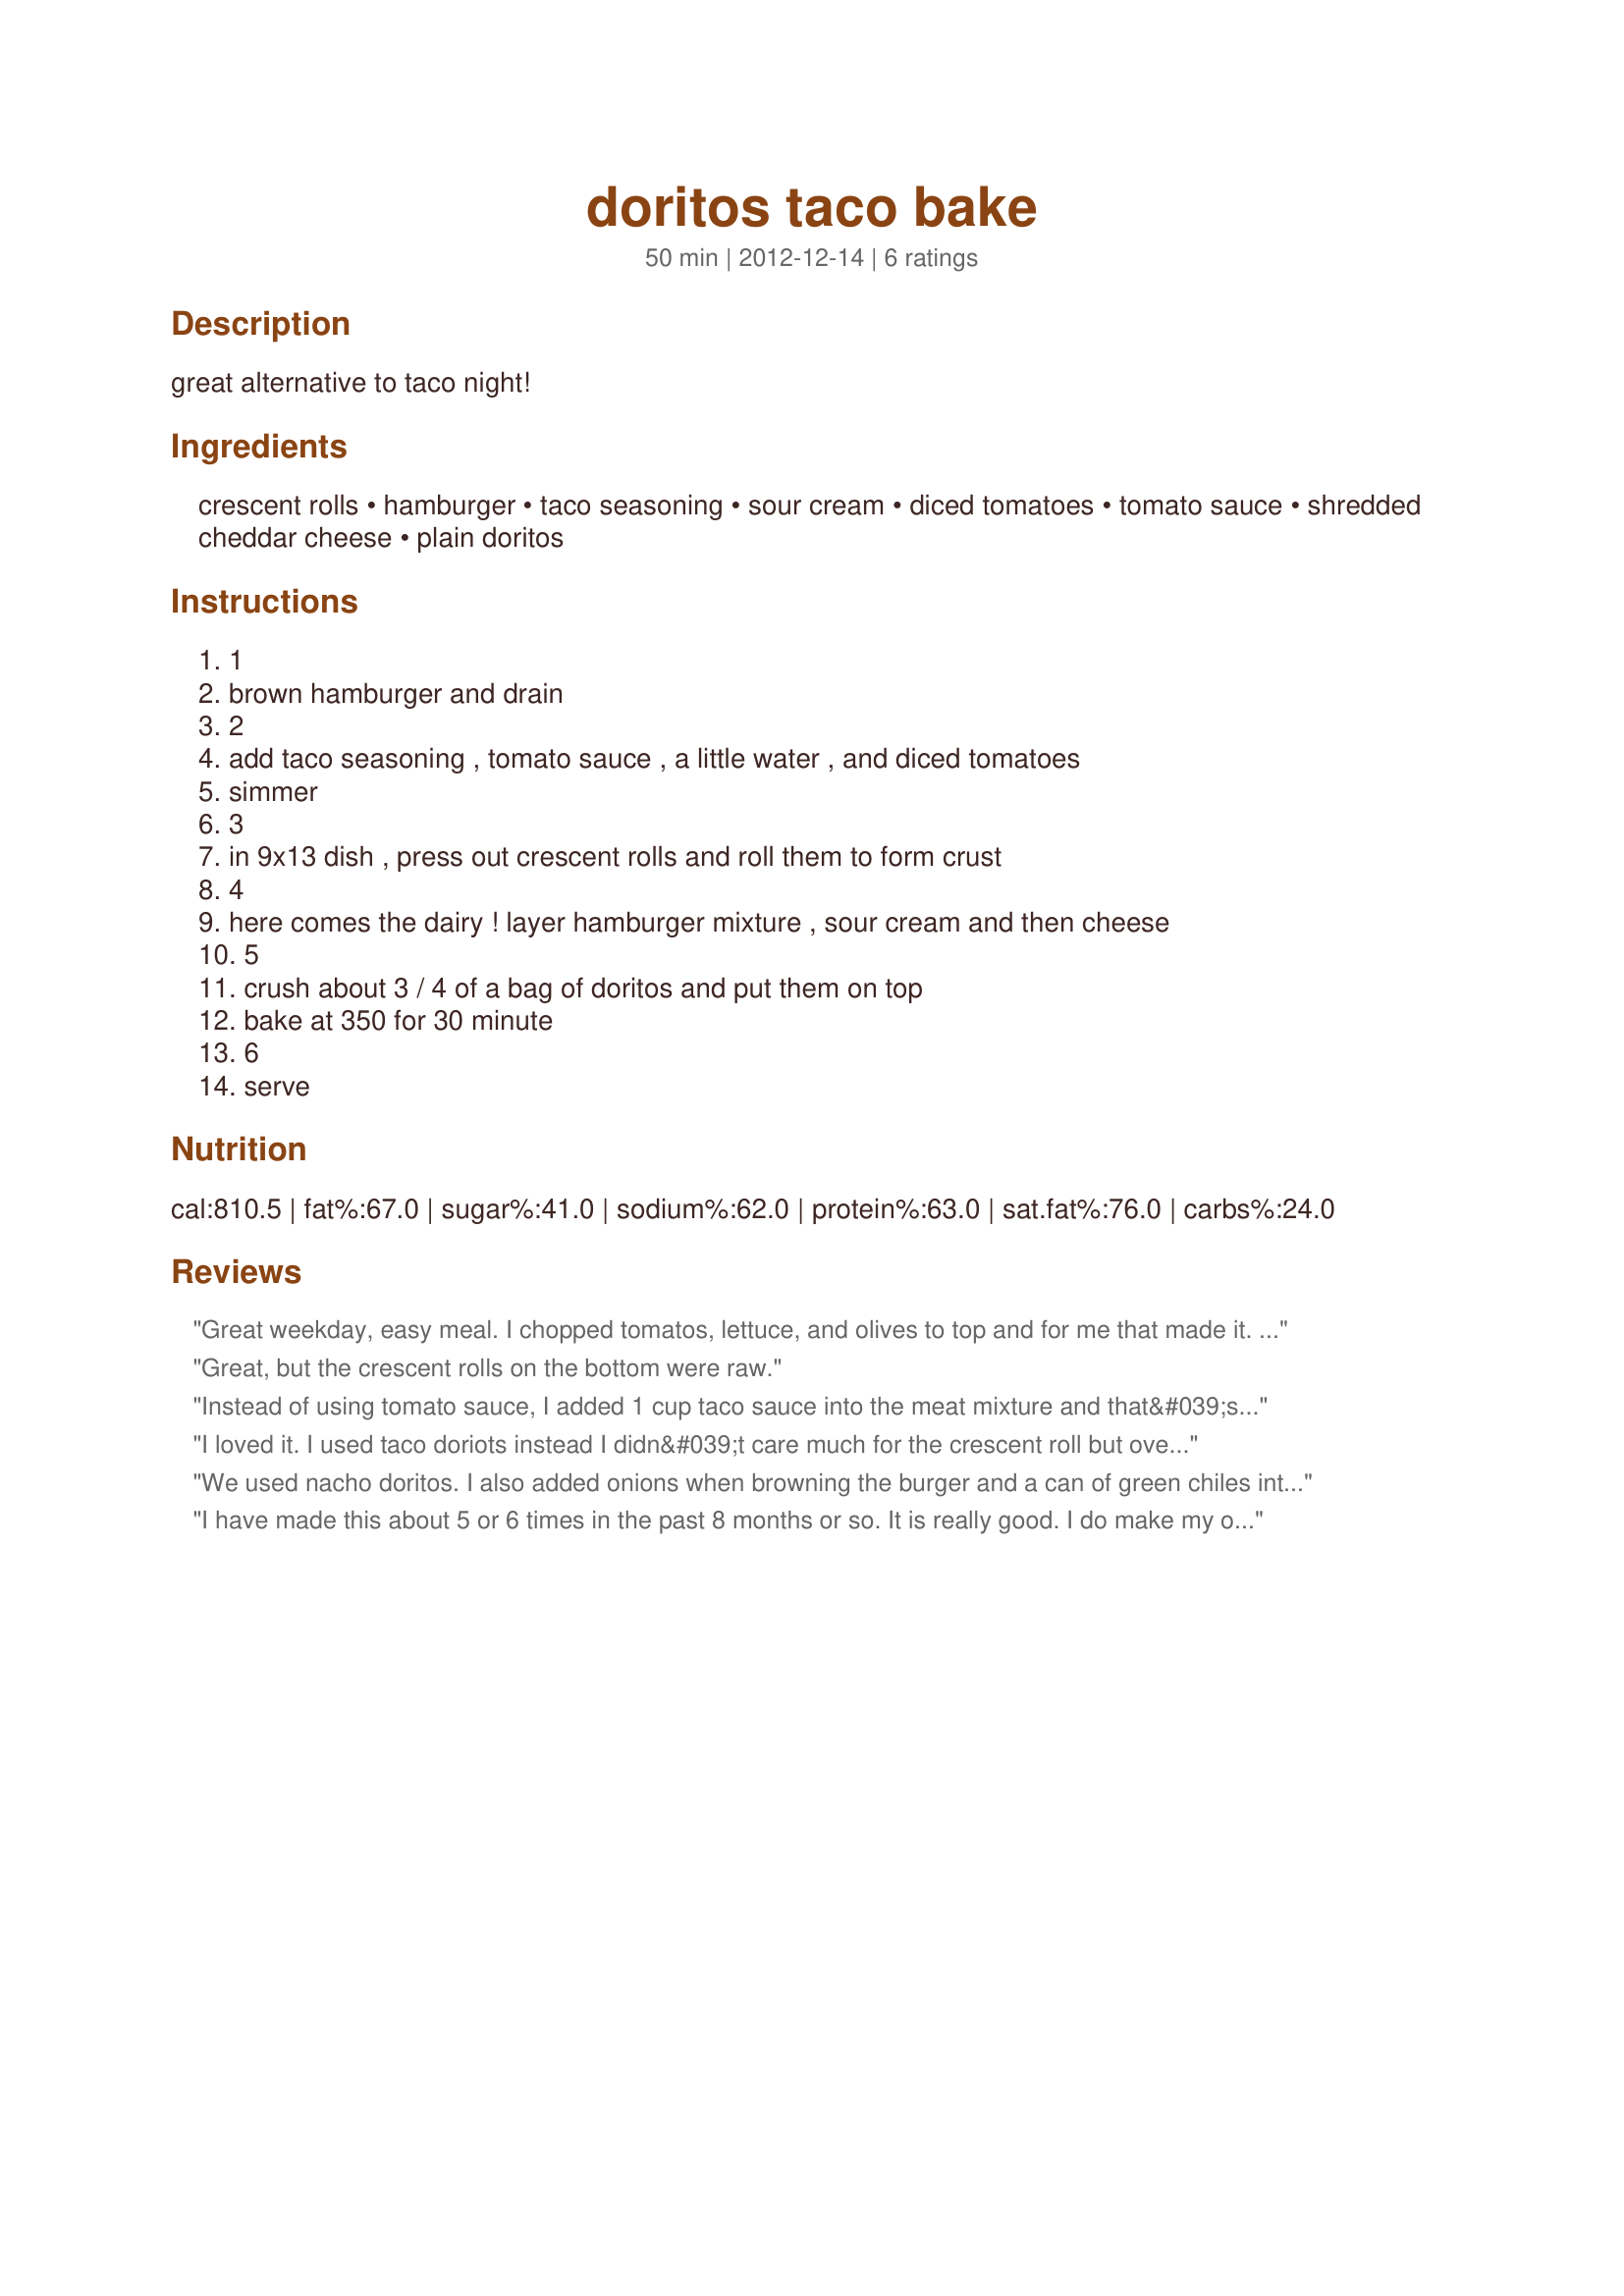
doritos taco bake
Preparation time: 50 minutes

great alternative to taco night!

Ingredients:
crescent rolls, hamburger, taco seasoning, sour cream, diced tomatoes, tomato sauce, shredded cheddar cheese, plain doritos

Steps:
1, brown hamburger and drain, 2, add taco seasoning , tomato sauce , a little water , and diced tomatoes, simmer, 3, in 9x13 dish , press out crescent rolls and roll them to form crust, 4, here comes the dairy ! layer hamburger mixture , sour cream and then cheese, 5, crush about 3 / 4 of a bag of doritos and put them on top, bake at 350 for 30 minute, 6, serve

Reviews:
Great weekday, easy meal. I chopped tomatos, lettuce, and olives to top and for me that made it. Even my picky eaters liked it (doesn&#039;t hurt to cook with chips haha)
Great, but the crescent rolls on the bottom were raw.
Instead of using tomato sauce, I added 1 cup taco sauce into the meat mixture and that&#039;s the only change I made to cook this recipe. I served it with guacamole and lettuce on the side. Absolutely delicious and satisfying!!! Thanks for the recipe!
I loved it. I used taco doriots instead I didn&#039;t care much for the crescent roll but overall it was really good.
We used nacho doritos. I also added onions when browning the burger and a can of green chiles into the mixture. Added a layer of refried beans too. In the oven now :-)
I have made this about 5 or 6 times in the past 8 months or so. It is really good. I do make my own taco seasoning. And I add a layer of doritos in the middle. But I also quadruple recipe. I feed several people with this! I have never had a complaint! And I have never had a problem with the crescent dough not being done!
